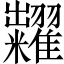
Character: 糶